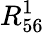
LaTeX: R_{56}^{1}